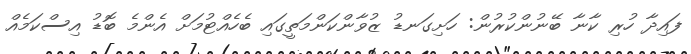
ފައިދާ ހުރި ކާނާ ބޭނުންކުރުން: ހަށިގަނޑު ޒުވާންކަންމަތީގައި ބެހެއްޓުމަށް އެންމެ ބޮޑު އިސްކަމެއް